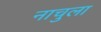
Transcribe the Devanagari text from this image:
नाचुला